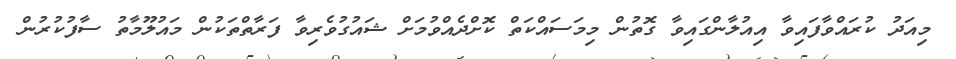
މިއަދު ކުރައްވާފައިވާ އިއުލާންގައިވާ ގޮތުން މިމަސައްކަތް ކޮށްދެއްވުމަށް ޝައުގުވެރިވާ ފަރާތްތަކުން މައުލޫމާތު ސާފުކުރުން